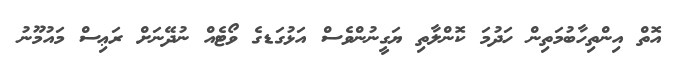
އޮތް އިންތިހާބުމަތިން ހަދުމަ ކޮންލާތި ޔަގީނުންވެސް އަޅުގަޑގެ ވޯޓެއް ނުދޭނަށް ރަޢިސް މައުމޫނު